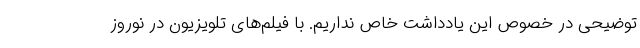
توضیحی در خصوص این یادداشت خاص نداریم. با فیلم‌های تلویزیون در نوروز